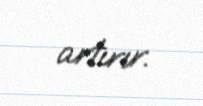
artırır.